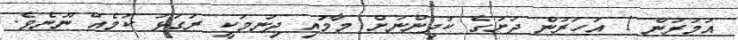
އުމުރުން 1 އަހަރުން ދަށުގެ ކުދިންނަށް މާމުއި ދިނުމަކީ ރަގަޅު ކަމެއް ނޫނެވެ.